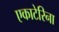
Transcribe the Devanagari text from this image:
एकाटेरिना